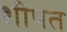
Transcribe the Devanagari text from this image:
शीपत